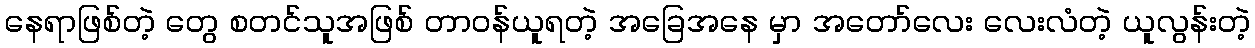
နေရာဖြစ်တဲ့ တွေ စတင်သူအဖြစ် တာဝန်ယူရတဲ့ အခြေအနေ မှာ အတော်လေး လေးလံတဲ့ ယူလွန်းတဲ့